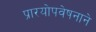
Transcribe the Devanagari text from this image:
प्रारयोपवेषनाने